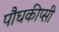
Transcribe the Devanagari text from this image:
पौघकीप्सी